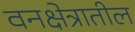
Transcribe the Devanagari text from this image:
वनक्षेत्रातील